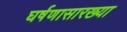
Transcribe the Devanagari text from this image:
घर्षणासारख्या